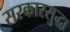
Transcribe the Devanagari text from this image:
सरकारसुद्धा